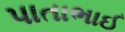
પાતાભાઈ